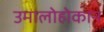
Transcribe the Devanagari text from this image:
उमालोहोकान